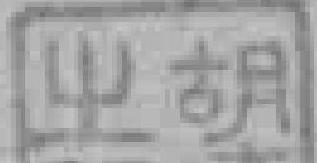
中胡